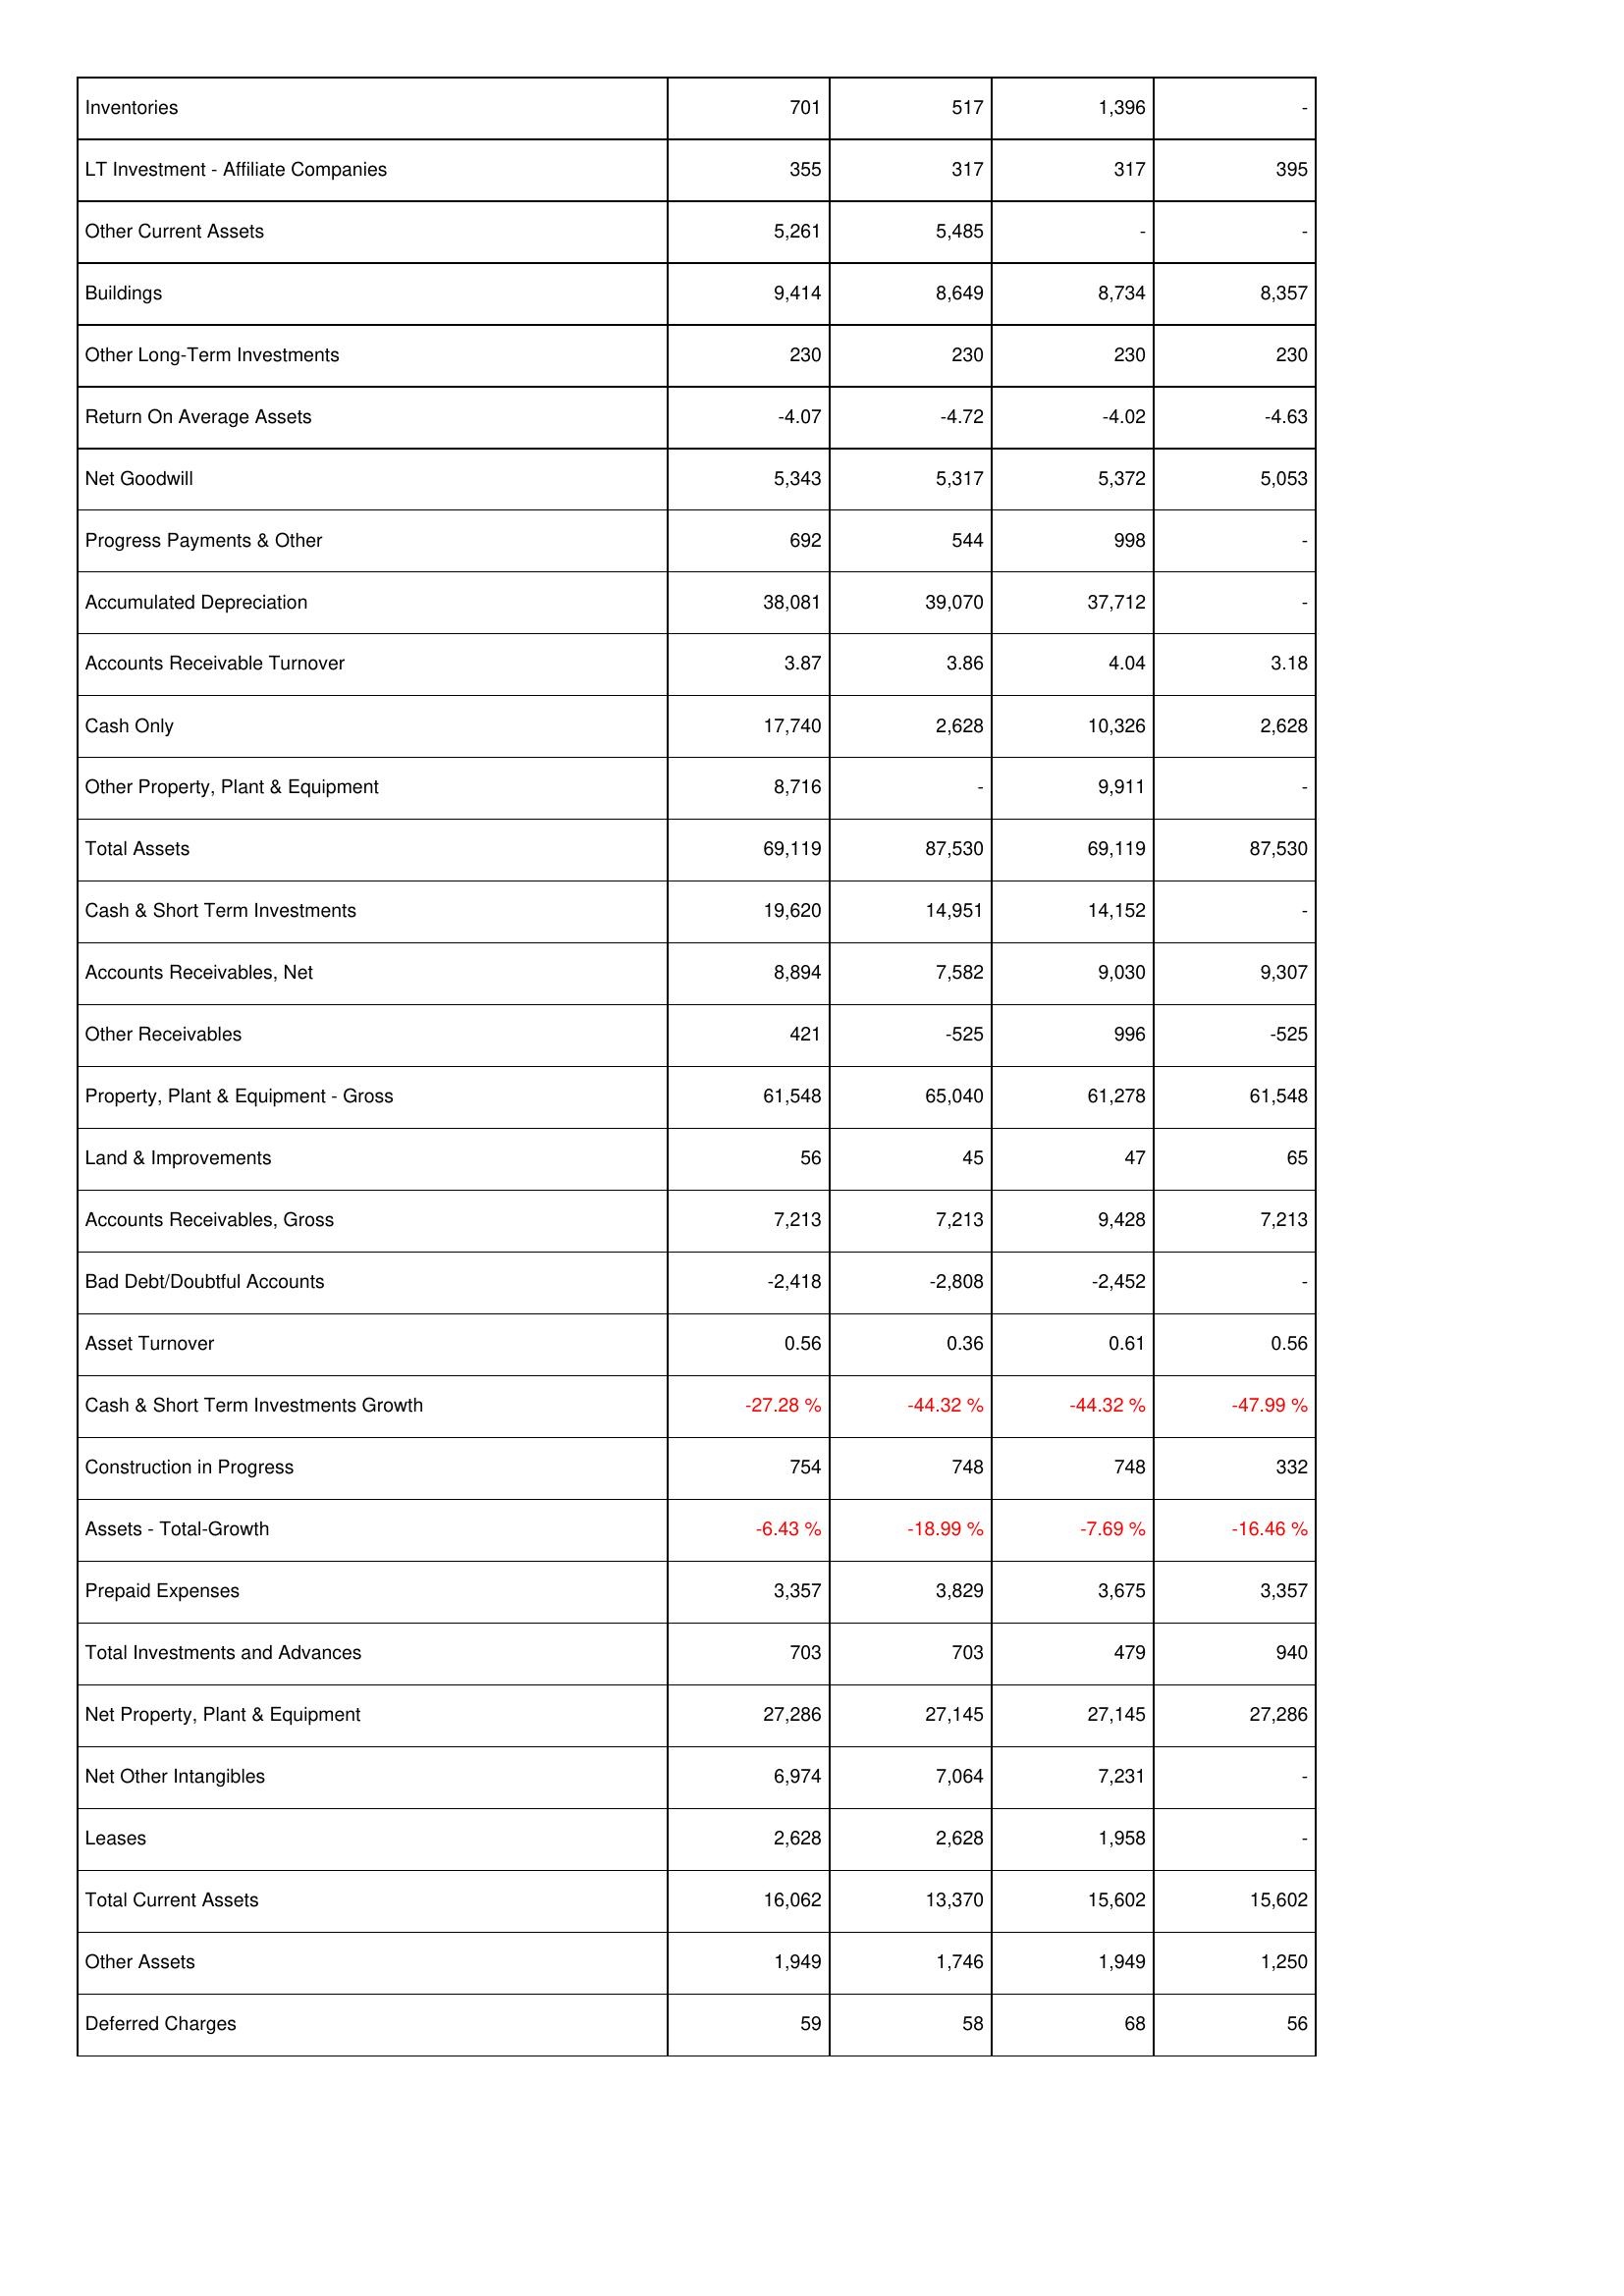
2013: Assets: Inventories: 701
LT Investment - Affiliate Companies: 355
Other Current Assets: 5,261
Buildings: 9,414
Other Long-Term Investments: 230
Return On Average Assets: -4.07
Net Goodwill: 5,343
Progress Payments & Other: 692
Accumulated Depreciation: 38,081
Accounts Receivable Turnover: 3.87
Cash Only: 17,740
Other Property, Plant & Equipment: 8,716
Total Assets: 69,119
Cash & Short Term Investments: 19,620
Accounts Receivables, Net: 8,894
Other Receivables: 421
Property, Plant & Equipment - Gross: 61,548
Land & Improvements: 56
Accounts Receivables, Gross: 7,213
Bad Debt/Doubtful Accounts: -2,418
Asset Turnover: 0.56
Cash & Short Term Investments Growth: -27.28 %
Construction in Progress: 754
Assets - Total-Growth: -6.43 %
Prepaid Expenses: 3,357
Total Investments and Advances: 703
Net Property, Plant & Equipment: 27,286
Net Other Intangibles: 6,974
Leases: 2,628
Total Current Assets: 16,062
Other Assets: 1,949
Deferred Charges: 59
2014: Assets: Inventories: 517
LT Investment - Affiliate Companies: 317
Other Current Assets: 5,485
Buildings: 8,649
Other Long-Term Investments: 230
Return On Average Assets: -4.72
Net Goodwill: 5,317
Progress Payments & Other: 544
Accumulated Depreciation: 39,070
Accounts Receivable Turnover: 3.86
Cash Only: 2,628
Other Property, Plant & Equipment: -
Total Assets: 87,530
Cash & Short Term Investments: 14,951
Accounts Receivables, Net: 7,582
Other Receivables: -525
Property, Plant & Equipment - Gross: 65,040
Land & Improvements: 45
Accounts Receivables, Gross: 7,213
Bad Debt/Doubtful Accounts: -2,808
Asset Turnover: 0.36
Cash & Short Term Investments Growth: -44.32 %
Construction in Progress: 748
Assets - Total-Growth: -18.99 %
Prepaid Expenses: 3,829
Total Investments and Advances: 703
Net Property, Plant & Equipment: 27,145
Net Other Intangibles: 7,064
Leases: 2,628
Total Current Assets: 13,370
Other Assets: 1,746
Deferred Charges: 58
2015: Assets: Inventories: 1,396
LT Investment - Affiliate Companies: 317
Other Current Assets: -
Buildings: 8,734
Other Long-Term Investments: 230
Return On Average Assets: -4.02
Net Goodwill: 5,372
Progress Payments & Other: 998
Accumulated Depreciation: 37,712
Accounts Receivable Turnover: 4.04
Cash Only: 10,326
Other Property, Plant & Equipment: 9,911
Total Assets: 69,119
Cash & Short Term Investments: 14,152
Accounts Receivables, Net: 9,030
Other Receivables: 996
Property, Plant & Equipment - Gross: 61,278
Land & Improvements: 47
Accounts Receivables, Gross: 9,428
Bad Debt/Doubtful Accounts: -2,452
Asset Turnover: 0.61
Cash & Short Term Investments Growth: -44.32 %
Construction in Progress: 748
Assets - Total-Growth: -7.69 %
Prepaid Expenses: 3,675
Total Investments and Advances: 479
Net Property, Plant & Equipment: 27,145
Net Other Intangibles: 7,231
Leases: 1,958
Total Current Assets: 15,602
Other Assets: 1,949
Deferred Charges: 68
2016: Assets: Inventories: -
LT Investment - Affiliate Companies: 395
Other Current Assets: -
Buildings: 8,357
Other Long-Term Investments: 230
Return On Average Assets: -4.63
Net Goodwill: 5,053
Progress Payments & Other: -
Accumulated Depreciation: -
Accounts Receivable Turnover: 3.18
Cash Only: 2,628
Other Property, Plant & Equipment: -
Total Assets: 87,530
Cash & Short Term Investments: -
Accounts Receivables, Net: 9,307
Other Receivables: -525
Property, Plant & Equipment - Gross: 61,548
Land & Improvements: 65
Accounts Receivables, Gross: 7,213
Bad Debt/Doubtful Accounts: -
Asset Turnover: 0.56
Cash & Short Term Investments Growth: -47.99 %
Construction in Progress: 332
Assets - Total-Growth: -16.46 %
Prepaid Expenses: 3,357
Total Investments and Advances: 940
Net Property, Plant & Equipment: 27,286
Net Other Intangibles: -
Leases: -
Total Current Assets: 15,602
Other Assets: 1,250
Deferred Charges: 56